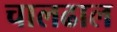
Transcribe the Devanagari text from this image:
चालढाल